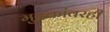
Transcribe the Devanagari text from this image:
मुद्रकांवरही